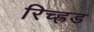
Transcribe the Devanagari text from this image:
रिच्ह्रड